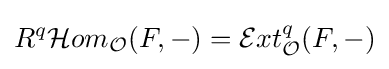
R^{q}{\mathcal {H}}om_{\mathcal {O}}(F,-)={\mathcal {E}}xt_{\mathcal {O}}^{q}(F,-)